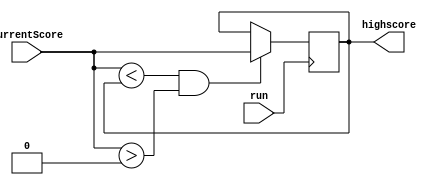
module highscore(run, currentScore, highscore);

	input run;
	input [15:0]currentScore;
	output reg [15:0]highscore=16'b1001100110011001;
	
	always@(negedge run)
		begin
			if(currentScore<highscore && currentScore>0)
				highscore=currentScore;
		end
		
endmodule